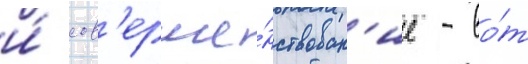
и́ сов'ерше́нствован'ие - во́т